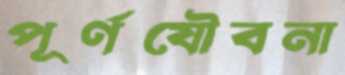
পূর্ণযৌবনা